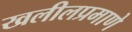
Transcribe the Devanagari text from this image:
खलीलप्रमाणे